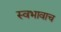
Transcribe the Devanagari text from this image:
स्वभावाच